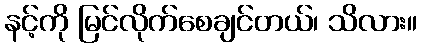
နင့်ကို မြင်လိုက်စေချင်တယ်၊ သိလား။